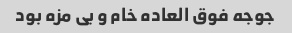
جوجه فوق العاده خام و بی مزه بود